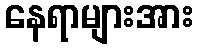
နေရာများအား